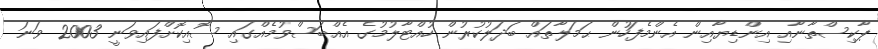
ޕާކިސްތާނާއި އިންޑިޔާއިން އެންމެފަހުން ޙަމަލާތައް ބަދަލުކުރުން ހުއްޓާލުމުގެ އެއްބަސްވުމެއްގައި ސޮއިކޮށްފައިވަނީ 2003 ވަނަ